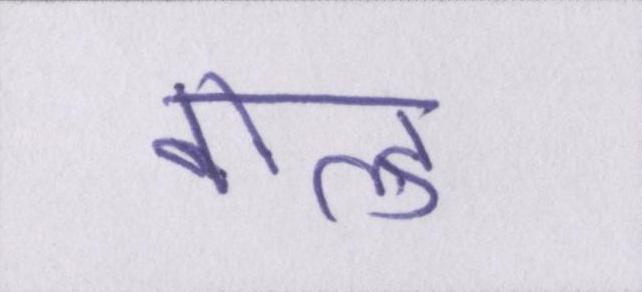
बोल्ड